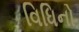
વિધિનો